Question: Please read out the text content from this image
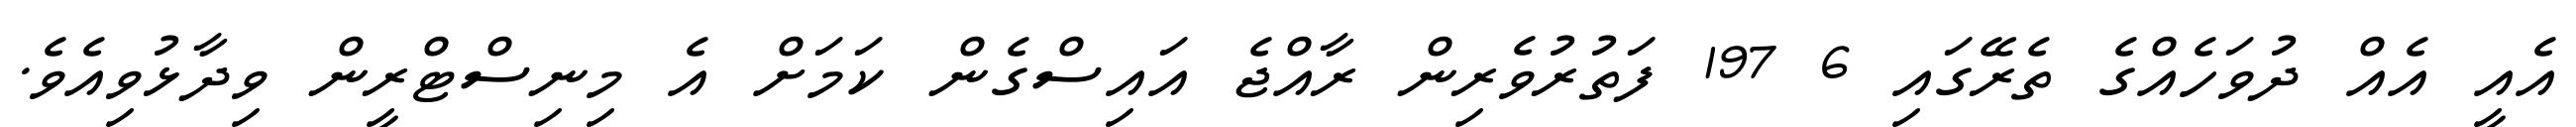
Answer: އެއީ އެއް ދުވަހެއްގެ ތެރޭގައި 6 197 ފަތުރުވެރިން ރާއްޖެ އައިސްގެން ކަމަށް އެ މިނިސްޓްރީން ވިދާޅުވިއެވެ.